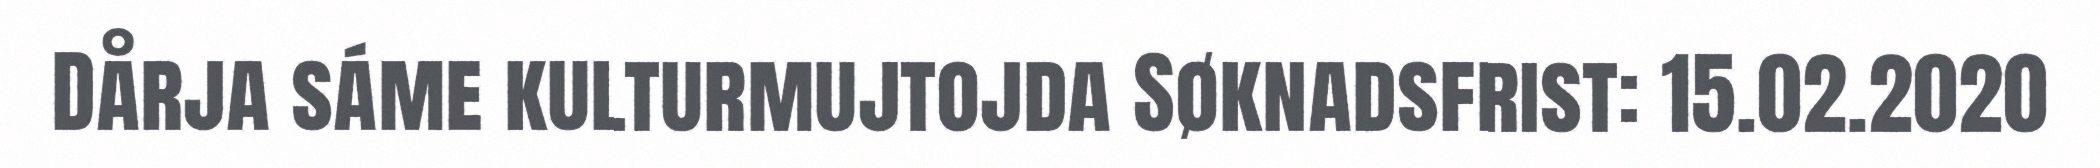
Dårja sáme kulturmujtojda Søknadsfrist: 15.02.2020